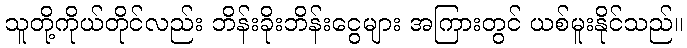
သူတို့ကိုယ်တိုင်လည်း ဘိန်းခိုးဘိန်းငွေများ အကြားတွင် ယစ်မူးနိုင်သည်။